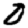
Digit: 0